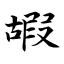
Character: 嘏